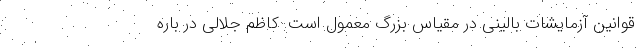
قوانین آزمایشات بالینی در مقیاس بزرگ معمول است. کاظم جلالی در باره